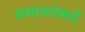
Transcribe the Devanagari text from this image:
समानतेकडे